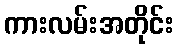
ကားလမ်းအတိုင်း